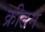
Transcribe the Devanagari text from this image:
क्रीटन